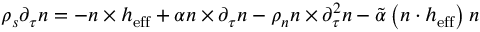
\rho _ { s } \partial _ { \tau } \boldsymbol { n } = - \boldsymbol { n } \times \boldsymbol { h } _ { \mathrm { e f f } } + \alpha \boldsymbol { n } \times \partial _ { \tau } \boldsymbol { n } - \rho _ { n } \boldsymbol { n } \times \partial _ { \tau } ^ { 2 } \boldsymbol { n } - \tilde { \alpha } \left( \boldsymbol { n } \cdot \boldsymbol { h } _ { \mathrm { e f f } } \right) \boldsymbol { n }